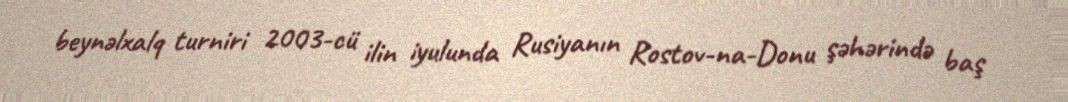
beynəlxalq turniri 2003-cü ilin iyulunda Rusiyanın Rostov-na-Donu şəhərində baş